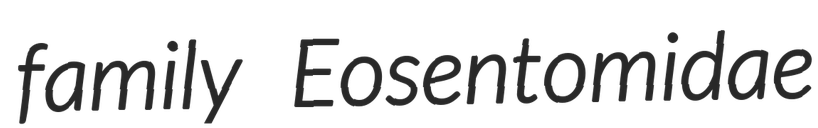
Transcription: family Eosentomidae